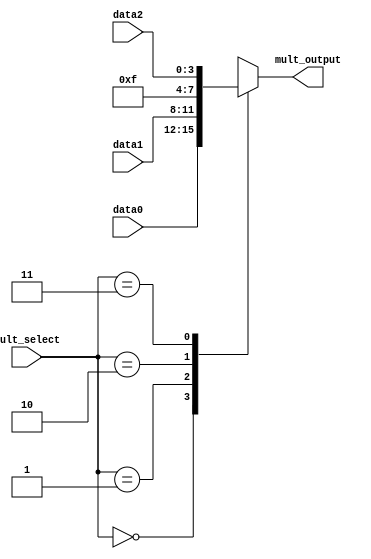
module mux_a(output reg [3:0] mult_output,
             input [3:0] data0,
             data1,
             data2,
             input [1:0] mult_select);
always @(mult_select, data0, data1, data2)
    case(mult_select)
        2'd0 : mult_output <= data0;
        2'd1 : mult_output <= data1;
        2'd2 : mult_output <= 4'b1111;
        2'd3 : mult_output <= data2;
    endcase

endmodule